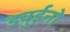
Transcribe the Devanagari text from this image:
ड्युईनो